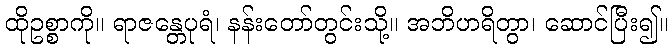
ထိုဥစ္စာကို။ ရာဇန္တေပုရံ၊ နန်းတော်တွင်းသို့။ အဘိဟရိတွာ၊ ဆောင်ပြီး၍။